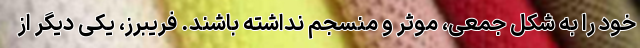
خود را به شکل جمعی، موثر و منسجم نداشته باشند. فریبرز، یکی دیگر از